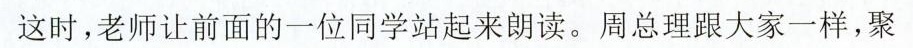
这时，老师让前面的一位同学站起来朗读。周总理跟大家一样，聚